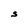
Character: S